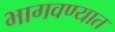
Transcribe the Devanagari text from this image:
भागवण्यात